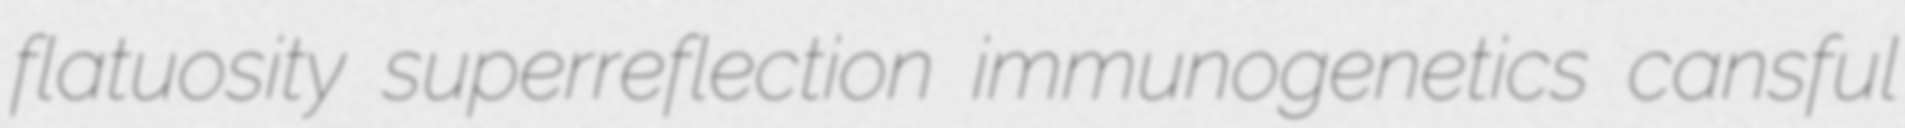
flatuosity superreflection immunogenetics cansful